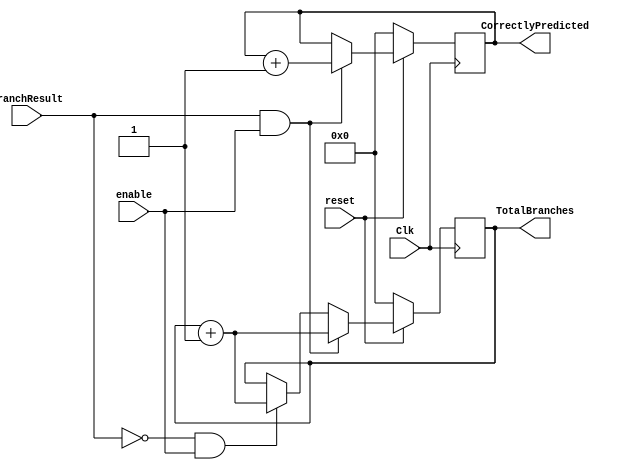
`timescale 1ns / 1ps
//This file updates on the correct prediction and gives statistics
module Statistics(Clk,reset, BranchResult, CorrectlyPredicted, TotalBranches,enable);
    parameter TRAINING_DATA_SIZE = 65536;
    parameter INSTRUCTION_INDEX_SIZE = $clog2(TRAINING_DATA_SIZE);
    
    input Clk,reset,enable;
    input BranchResult;
    reg [INSTRUCTION_INDEX_SIZE - 1:0] CorrectlyPredicted_reg, TotalBranches_reg;
    output reg [INSTRUCTION_INDEX_SIZE - 1:0] CorrectlyPredicted, TotalBranches;
    
    initial begin
        CorrectlyPredicted <= 0;
        TotalBranches <= 0;
    end
    
    always@(posedge Clk) begin
		if(reset==1'b0)
			begin
				CorrectlyPredicted <= 0;
				TotalBranches<=0;
			end
        else if (BranchResult==1'b1 && enable==1'b1) begin
            CorrectlyPredicted <= CorrectlyPredicted + 1;
			TotalBranches <= TotalBranches + 1;
        end
		else if(BranchResult==1'b0 && enable==1'b1) begin
			CorrectlyPredicted<= CorrectlyPredicted;
			TotalBranches<= TotalBranches + 1;		
		end
		else begin
			CorrectlyPredicted <= CorrectlyPredicted;
			TotalBranches <= TotalBranches;	
		end
        
    end
    
endmodule